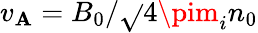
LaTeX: v_{\mathbf{A}}=B_{0}/\sqrt{}{{4\pim_{i}n_{0}}}